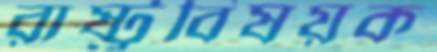
রাষ্ট্রবিষয়ক